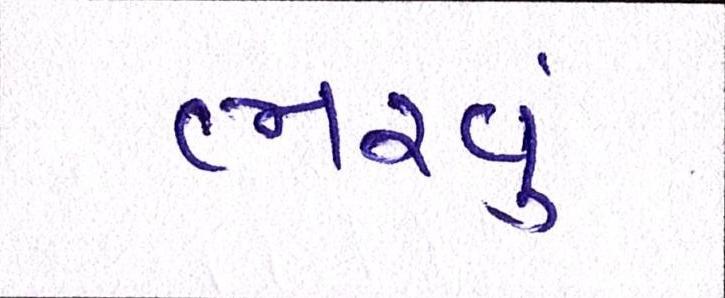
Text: ભરવું